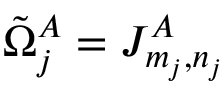
\tilde { \Omega } _ { j } ^ { A } = J _ { m _ { j } , n _ { j } } ^ { A }